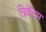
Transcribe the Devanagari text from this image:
त्रिवेंदम